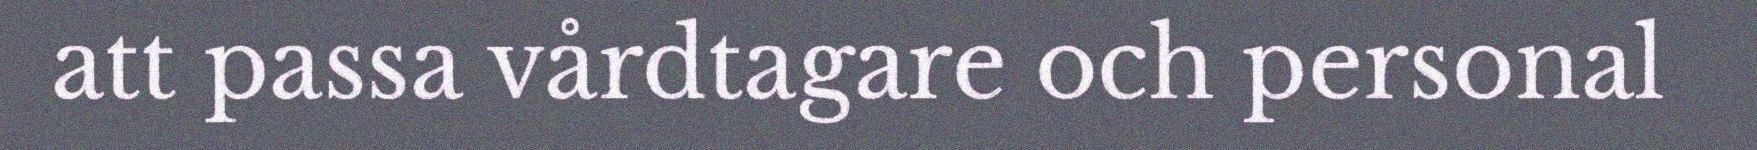
att passa vårdtagare och personal